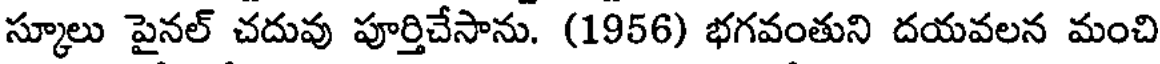
స్కూలు పైనల్ చదువు పూర్తిచేసాను. (1956) భగవంతుని దయవలన మంచి